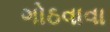
ગોઠવાવા